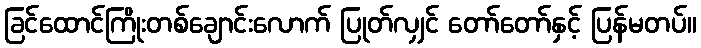
ခြင်ထောင်ကြိုးတစ်ချောင်းလောက် ပြုတ်လျှင် တော်တော်နှင့် ပြန်မတပ်။